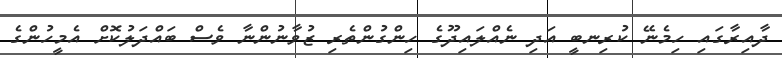
ދާއިރާގައި ހިމެނޭ ކުރިނބީ އަދި ނެއްލައިދޫގެ ހިންގުންތެރި ޒުވާނުންނާ ވެސް ބައްދަލުކޮށް އެމީހުންގެ